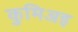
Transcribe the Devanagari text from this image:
कुमिअइ